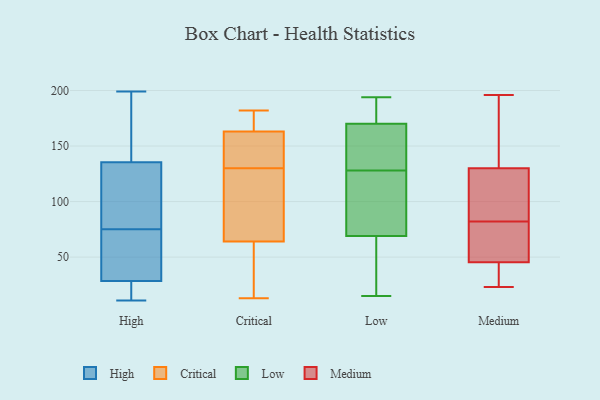
{"axis": {"x": "Churn Rate (%)", "y": "Value"}, "legend": ["Critical", "High", "Low", "Medium"], "data": [{"x": "", "y": 73, "type": "High"}, {"x": "", "y": 199, "type": "High"}, {"x": "", "y": 142, "type": "High"}, {"x": "", "y": 16, "type": "High"}, {"x": "", "y": 116, "type": "High"}, {"x": "", "y": 77, "type": "High"}, {"x": "", "y": 11, "type": "High"}, {"x": "", "y": 41, "type": "High"}, {"x": "", "y": 60, "type": "High"}, {"x": "", "y": 179, "type": "High"}, {"x": "", "y": 13, "type": "High"}, {"x": "", "y": 129, "type": "High"}, {"x": "", "y": 182, "type": "Critical"}, {"x": "", "y": 163, "type": "Critical"}, {"x": "", "y": 64, "type": "Critical"}, {"x": "", "y": 176, "type": "Critical"}, {"x": "", "y": 134, "type": "Critical"}, {"x": "", "y": 138, "type": "Critical"}, {"x": "", "y": 106, "type": "Critical"}, {"x": "", "y": 13, "type": "Critical"}, {"x": "", "y": 126, "type": "Critical"}, {"x": "", "y": 46, "type": "Critical"}, {"x": "", "y": 170, "type": "Low"}, {"x": "", "y": 125, "type": "Low"}, {"x": "", "y": 138, "type": "Low"}, {"x": "", "y": 69, "type": "Low"}, {"x": "", "y": 194, "type": "Low"}, {"x": "", "y": 172, "type": "Low"}, {"x": "", "y": 15, "type": "Low"}, {"x": "", "y": 131, "type": "Low"}, {"x": "", "y": 23, "type": "Low"}, {"x": "", "y": 120, "type": "Low"}, {"x": "", "y": 43, "type": "Medium"}, {"x": "", "y": 23, "type": "Medium"}, {"x": "", "y": 190, "type": "Medium"}, {"x": "", "y": 60, "type": "Medium"}, {"x": "", "y": 56, "type": "Medium"}, {"x": "", "y": 94, "type": "Medium"}, {"x": "", "y": 82, "type": "Medium"}, {"x": "", "y": 130, "type": "Medium"}, {"x": "", "y": 52, "type": "Medium"}, {"x": "", "y": 121, "type": "Medium"}, {"x": "", "y": 28, "type": "Medium"}, {"x": "", "y": 79, "type": "Medium"}, {"x": "", "y": 141, "type": "Medium"}, {"x": "", "y": 120, "type": "Medium"}, {"x": "", "y": 130, "type": "Medium"}, {"x": "", "y": 149, "type": "Medium"}, {"x": "", "y": 36, "type": "Medium"}, {"x": "", "y": 28, "type": "Medium"}, {"x": "", "y": 196, "type": "Medium"}]}